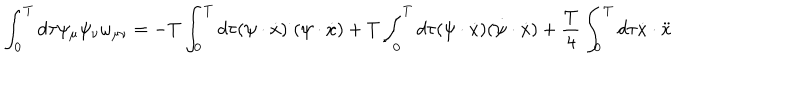
\int _ { 0 } ^ { T } d \tau \psi _ { \mu } \psi _ { \nu } \omega _ { \mu \nu } = - T \int _ { 0 } ^ { T } d \tau ( \psi \cdot \dot { x } ) ^ { \cdot } ( \psi \cdot \dot { x } ) + T \int _ { 0 } ^ { T } d \tau ( \psi \cdot \dot { x } ) ( \dot { \psi } \cdot \dot { x } ) + { \frac { T } { 4 } } \int _ { 0 } ^ { T } d \tau \dot { x } \cdot \ddot { x }